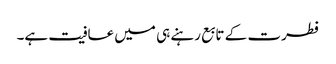
فطرت کے تابع رہنے ہی میں عافیت ہے۔